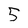
Character: 5